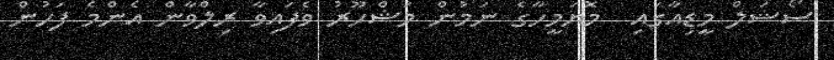
ސޯޝަލް މީޑިއާގައި  މޮޔަމީހާގެ ނަމުން މަޝްހޫރު ވެފައިވާ ރިލްވާން އެންމެ ފަހުން